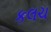
કલચ